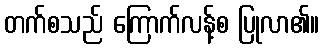
တက်စသည် ကြောက်လန့်စ ပြုလာ၏။